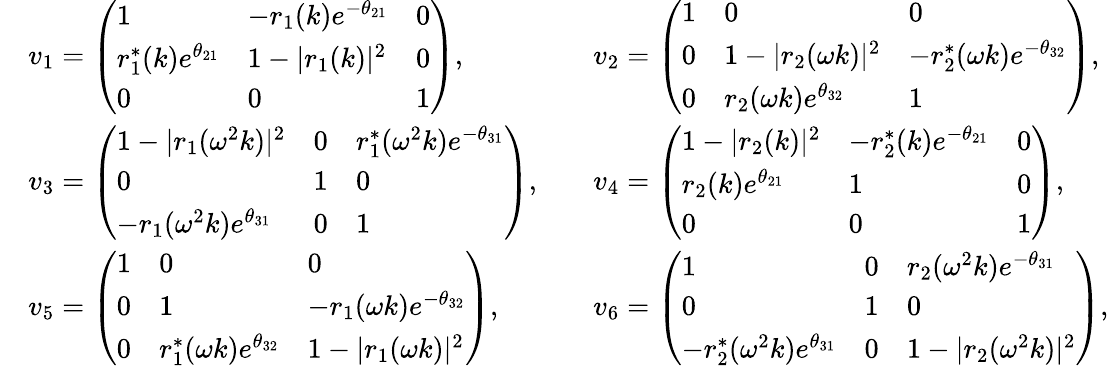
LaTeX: \begin{array}{rlrl}&{v_{1}=\left(\begin{array}{lll}{1}&{-r_{1}(k)e^{-\theta_{21}}}&{0}\\ {r_{1}^{*}(k)e^{\theta_{21}}}&{1-|r_{1}(k)|^{2}}&{0}\\ {0}&{0}&{1}\end{array}\right),}&&{v_{2}=\left(\begin{array}{lll}{1}&{0}&{0}\\ {0}&{1-|r_{2}(\omega k)|^{2}}&{-r_{2}^{*}(\omega k)e^{-\theta_{32}}}\\ {0}&{r_{2}(\omega k)e^{\theta_{32}}}&{1}\end{array}\right),}\\ &{v_{3}=\left(\begin{array}{lll}{1-|r_{1}(\omega^{2}k)|^{2}}&{0}&{r_{1}^{*}(\omega^{2}k)e^{-\theta_{31}}}\\ {0}&{1}&{0}\\ {-r_{1}(\omega^{2}k)e^{\theta_{31}}}&{0}&{1}\end{array}\right),}&&{v_{4}=\left(\begin{array}{lll}{1-|r_{2}(k)|^{2}}&{-r_{2}^{*}(k)e^{-\theta_{21}}}&{0}\\ {r_{2}(k)e^{\theta_{21}}}&{1}&{0}\\ {0}&{0}&{1}\end{array}\right),}\\ &{v_{5}=\left(\begin{array}{lll}{1}&{0}&{0}\\ {0}&{1}&{-r_{1}(\omega k)e^{-\theta_{32}}}\\ {0}&{r_{1}^{*}(\omega k)e^{\theta_{32}}}&{1-|r_{1}(\omega k)|^{2}}\end{array}\right),}&&{v_{6}=\left(\begin{array}{lll}{1}&{0}&{r_{2}(\omega^{2}k)e^{-\theta_{31}}}\\ {0}&{1}&{0}\\ {-r_{2}^{*}(\omega^{2}k)e^{\theta_{31}}}&{0}&{1-|r_{2}(\omega^{2}k)|^{2}}\end{array}\right),}\end{array}